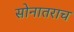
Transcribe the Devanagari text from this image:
सोनातराच